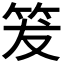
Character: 𥬒